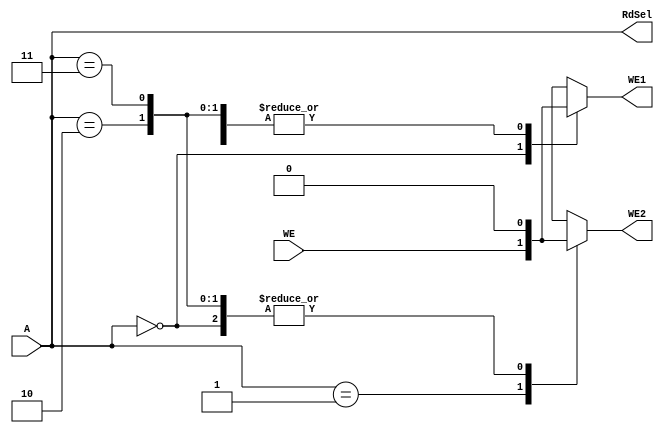
`timescale 1ns / 1ps
//////////////////////////////////////////////////////////////////////////////////
// Company: 
// Engineer: 
// 
// Design Name: 
// Module Name: fact_ad
// Project Name: 
// Target Devices: 
// Tool Versions: 
// Description: 
// 
// Dependencies: 
// 
// Revision:
// Revision 0.01 - File Created
// Additional Comments:
// 
//////////////////////////////////////////////////////////////////////////////////


module fact_ad(
    input wire [1:0] A,
    input wire WE,
    output reg WE1, WE2,
    output wire [1:0] RdSel
    );
    
    always @ (*) begin
        case(A)
            2'b00: begin
                WE1 <= WE;
                WE2 <= 1'b0;
            end
            2'b01: begin
                WE1 <= 1'b0;
                WE2 <= WE;
            end
            2'b10: begin
                WE1 <= 1'b0;
                WE2 <= 1'b0;
            end
            2'b11: begin
                WE1 <= 1'b0;
                WE2 <= 1'b0;
            end
            default: begin
                WE1 <= 1'bx;
                WE1 <= 1'bx;
            end
        endcase
    end
    assign RdSel = A;  
endmodule